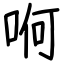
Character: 哬